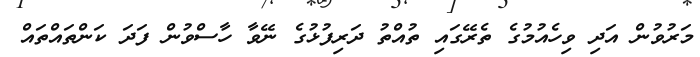
މަރުވުން އަދި ވިހެއުމުގެ ތެރޭގައި ތުއްތު ދަރިފުޅުގެ ނޭވާ ހާސްވުން ފަދަ ކަންތައްތައް